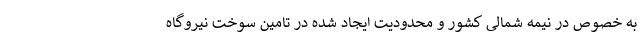
به خصوص در نیمه شمالی کشور و محدودیت ایجاد شده در تامین سوخت نیروگاه